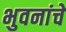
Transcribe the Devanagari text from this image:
भुवनांचे